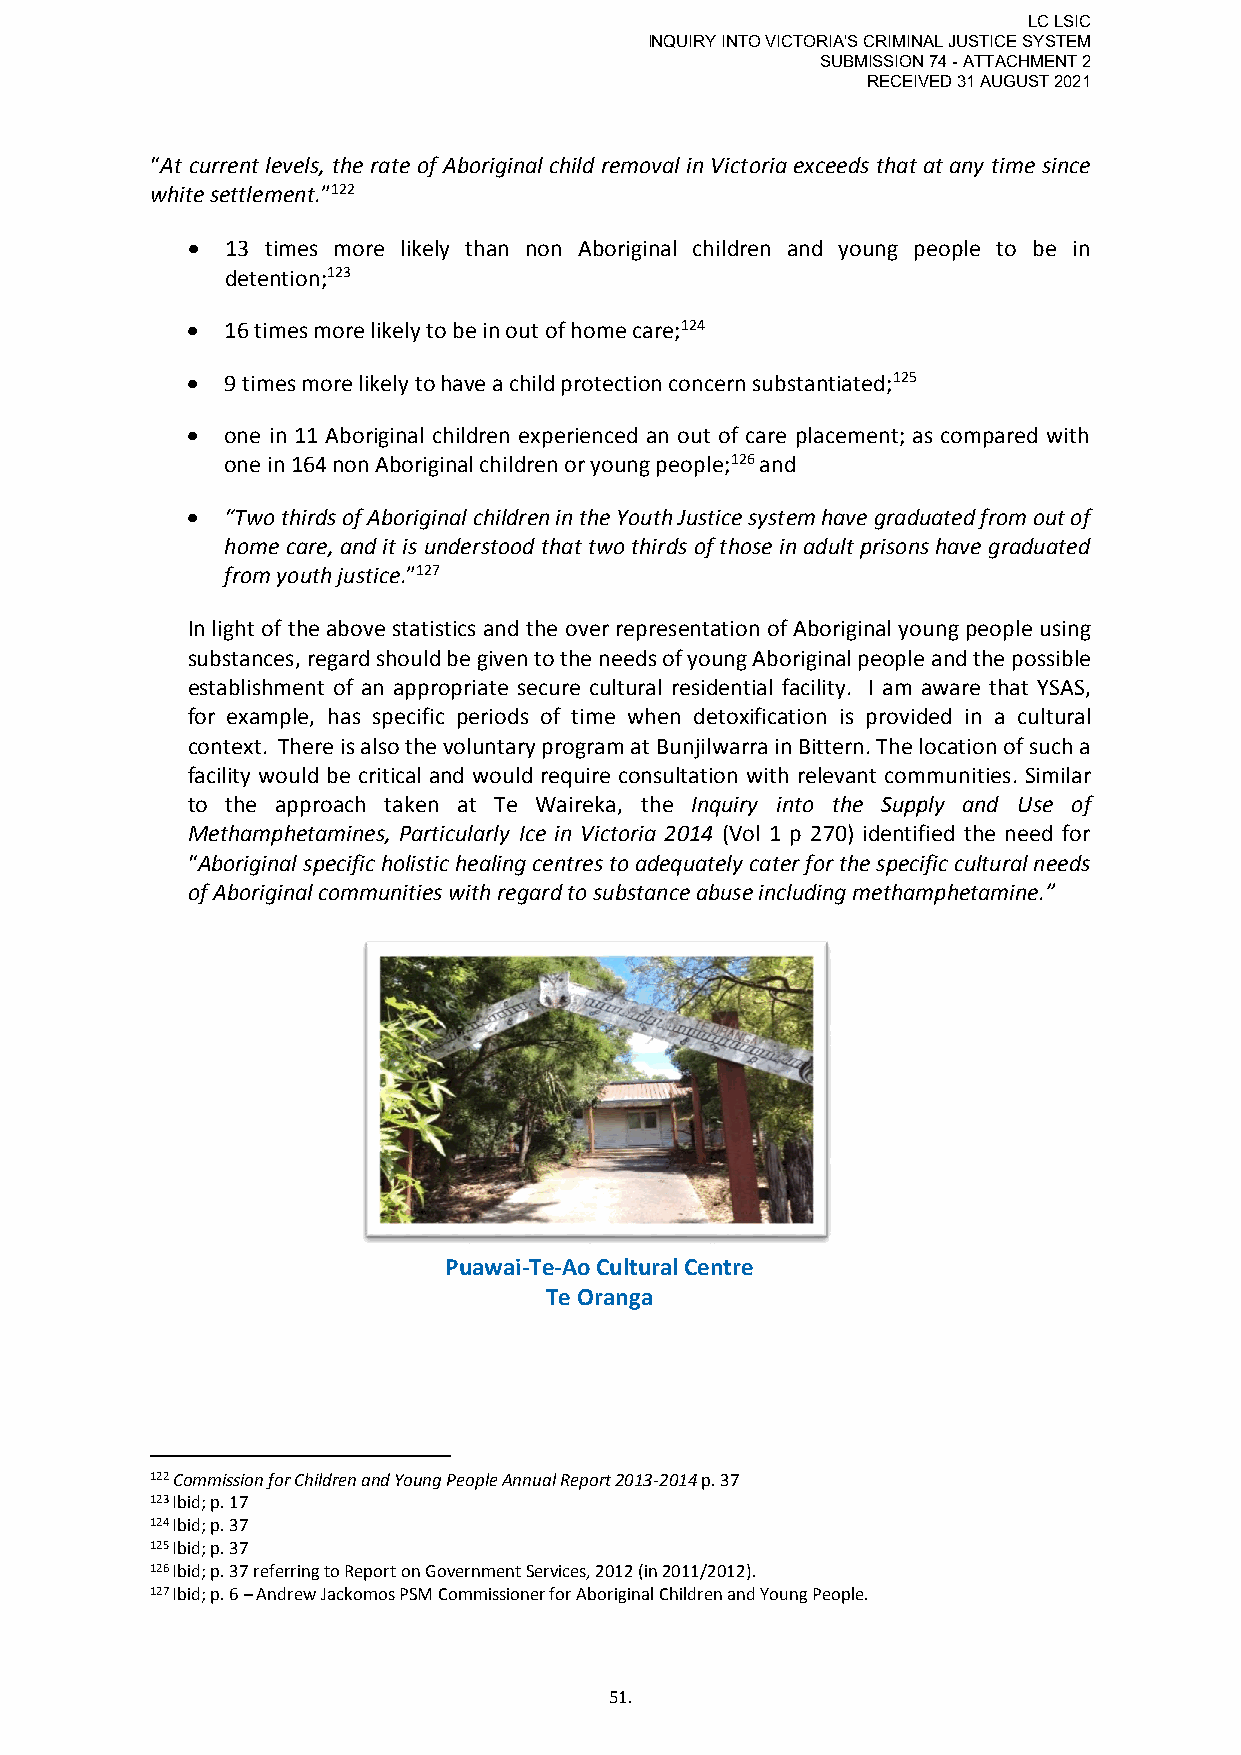
LC LSIC
 INQUIRY INTO VICTORIA'S CRIMINAL JUSTICE SYSTEM
 SUBMISSION 74 - ATTACHMENT 2
 RECEIVED 31 AUGUST 2021
 “At current levels, the rate of Aboriginal child removal in Victoria exceeds that at any time since
 white settlement.”122
   13 times more likely than non Aboriginal children and young people to be in
 detention;123
   16 times more likely to be in out of home care;124
   9 times more likely to have a child protection concern substantiated;125
   one in 11 Aboriginal children experienced an out of care placement; as compared with
 one in 164 non Aboriginal children or young people;126 and
   “Two thirds of Aboriginal children in the Youth Justice system have graduated from out of
 home care, and it is understood that two thirds of those in adult prisons have graduated
 from youth justice.”127
 In light of the above statistics and the over representation of Aboriginal young people using
 substances, regard should be given to the needs of young Aboriginal people and the possible
 establishment of an appropriate secure cultural residential facility. I am aware that YSAS,
 for example, has specific periods of time when detoxification is provided in a cultural
 context. There is also the voluntary program at Bunjilwarra in Bittern. The location of such a
 facility would be critical and would require consultation with relevant communities. Similar
 to the approach taken at Te Waireka, the Inquiry into the Supply and Use of
 Methamphetamines, Particularly Ice in Victoria 2014 (Vol 1 p 270) identified the need for
 “Aboriginal specific holistic healing centres to adequately cater for the specific cultural needs
 of Aboriginal communities with regard to substance abuse including methamphetamine.”
 Puawai-Te-Ao Cultural Centre
 Te Oranga
 122 Commission for Children and Young People Annual Report 2013-2014 p. 37
 123 Ibid; p. 17
 124 Ibid; p. 37
 125 Ibid; p. 37
 126 Ibid; p. 37 referring to Report on Government Services, 2012 (in 2011/2012).
 127 Ibid; p. 6 – Andrew Jackomos PSM Commissioner for Aboriginal Children and Young People.
 51.